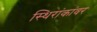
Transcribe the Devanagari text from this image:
स्थिरांकांवर